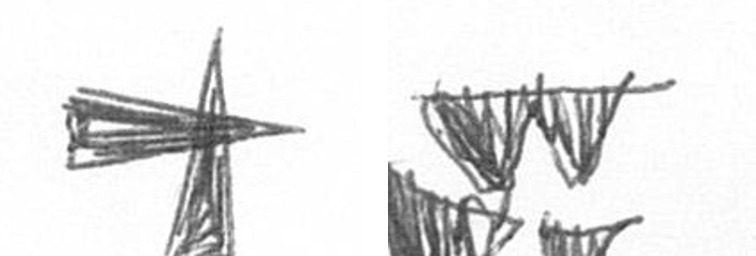
G B